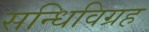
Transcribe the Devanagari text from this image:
सन्धिविग्रह